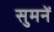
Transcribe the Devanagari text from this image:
सुमनें